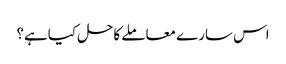
اس سارے معاملے کاحل کیاہے؟